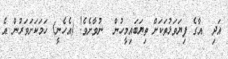
އަދިި  އާގެ ފިޔަވަޅުތަކަށް ތިޔަބައިމީހުން  ނުވާށެވެ! (އެހެނީ) ހަމަކަށަވަރުން އެ